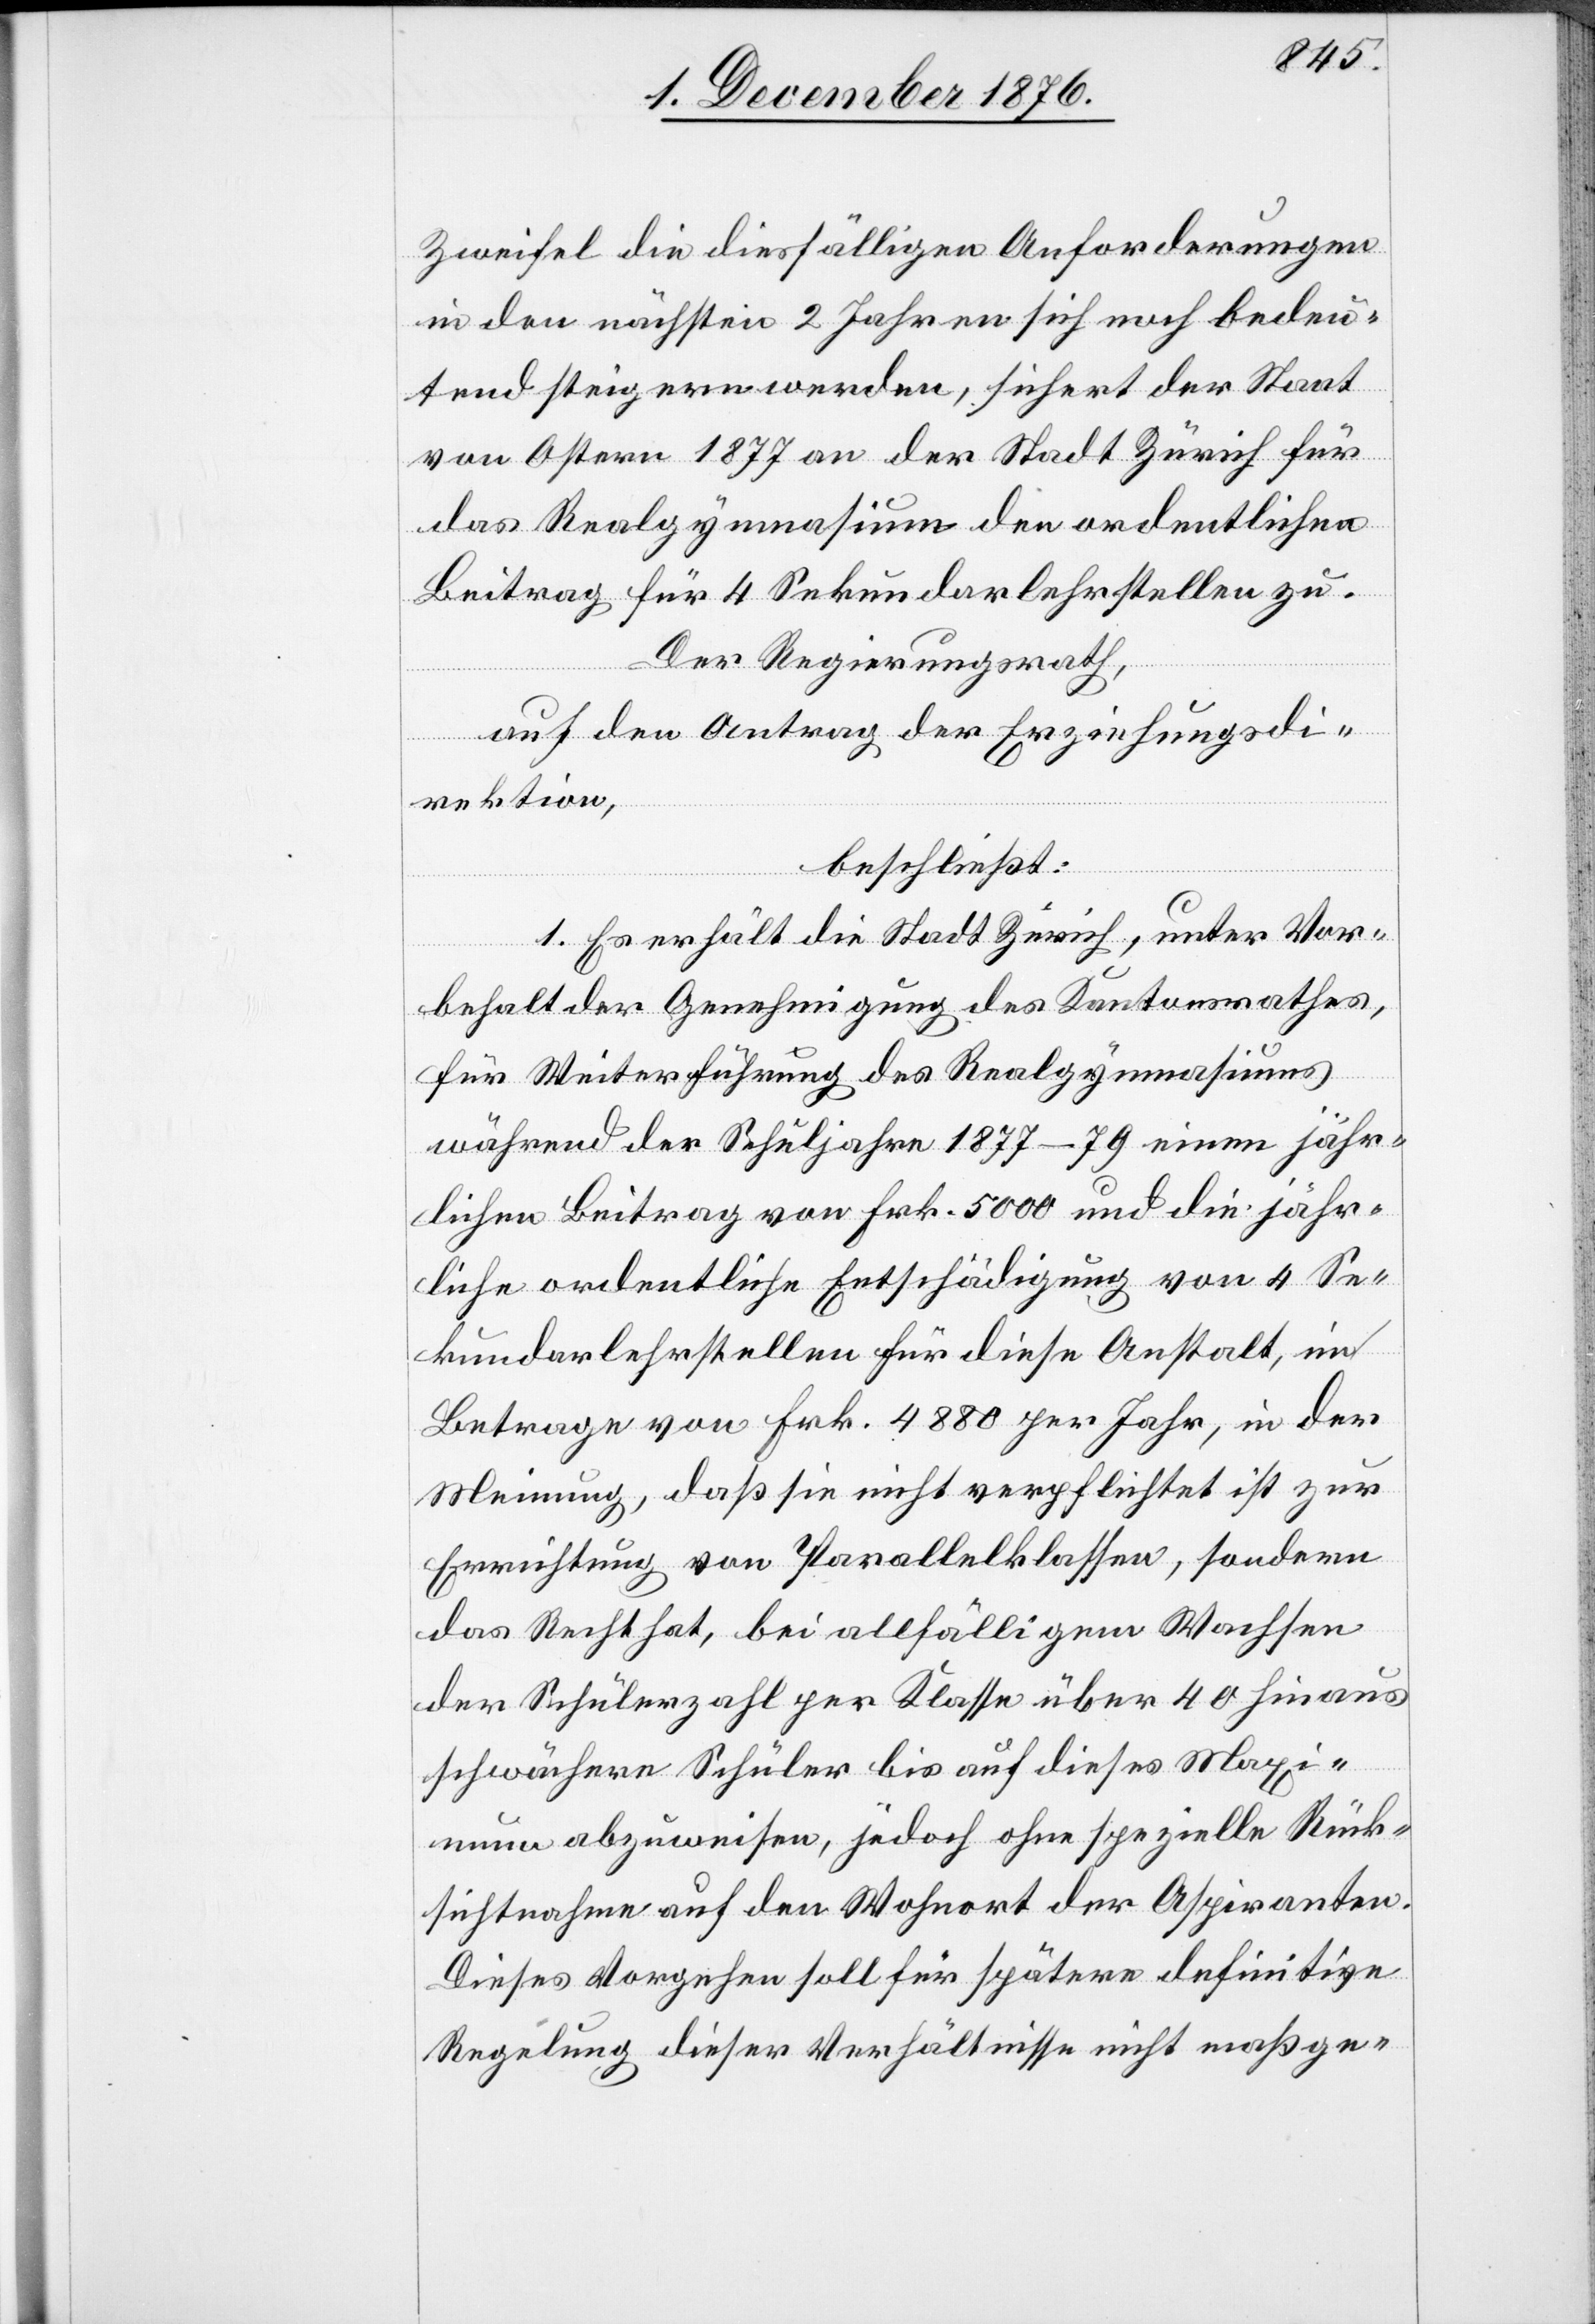
Zweifel die diesfälligen Anforderungen
in den nächsten 2 Jahren sich noch bedeu¬
tend steigern werden, sicher der Staat
von Ostern 1877 an der Stadt Zürich für
das Realgymnasium den ordentlichen
Beitrag für 4 Sekundarlehrstellen zu.
Der Regierungsrath,
auf den Antrag der Erziehungsdi¬
rektion,
beschließt:
1. Es erhält die Stadt Zürich, unter Vor¬
behalt der Genehmigung des Kantonsrathes,
für Weiterführung des Realgymnasiums
während der Schuljahre 1877–79 einen jähr¬
lichen Beitrag von Frk. 5000 und die jähr¬
liche ordentliche Entschädigung von 4 Se¬
kundarlehrstellen für diese Anstalt, im
Betrage von Frk. 4880 per Jahr, in der
Meinung, daß sie nicht verpflichtet ist zur
Errichtung von Parallelklassen, sondern
das Recht hat, bei allfälligem Wachsen
der Schülerzahl per Klasse über 40 hinaus
schwächere Schüler bis auf dieses Maxi¬
mum abzuweisen, jedoch ohne spezielle Rück¬
sichtnahme auf den Wohnort der Aspiranten.
Dieses Vorgehen soll für spätere definitive
Regelung dieser Verhältnisse nicht maßge-